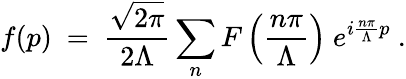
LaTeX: f(p)\ =\ {\frac{\sqrt{2\pi}}{2\Lambda}}\sum_{n}F\left({\frac{n\pi}{\Lambda}}\right)\ e^{i{\frac{n\pi}{\Lambda}}p}\ .